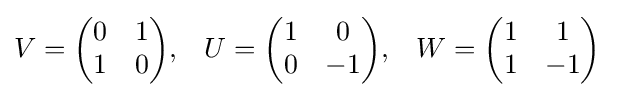
{\begin{aligned}V&={\begin{pmatrix}0&1\\1&0\end{pmatrix}},&U&={\begin{pmatrix}1&0\\0&-1\end{pmatrix}},&W&={\begin{pmatrix}1&1\\1&-1\end{pmatrix}}\end{aligned}}